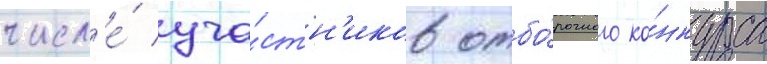
числ'е́ уча́стн'иков отбо́рочного ко́нкурса